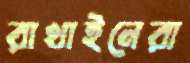
রাখাইনেরা